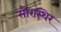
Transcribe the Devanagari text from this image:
सौरस्थिर